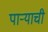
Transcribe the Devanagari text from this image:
पार्‍याची